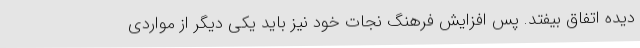
دیده اتفاق بیفتد. پس افزایش فرهنگ نجات خود نیز باید یکی دیگر از مواردی